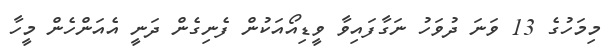
މިމަހުގެ 13 ވަނަ ދުވަހު ނަގާފައިވާ ވީޑިއޯއަކުން ފެނިގެން ދަނީ އެއަންހެން މީހާ